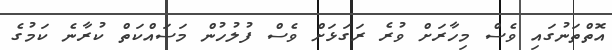
އޮތްތަނުގައި ވެސް މިހާރަށް ވުރެ ރަގަޅަށް ވެސް ފުލުހުން މަސައްކަތް ކުރާނެ ކަމުގެ